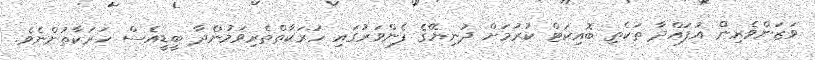
ވަޒަންވެރިން އުފައްދާ ތަކެތި ބޮއިކަޓް ކުރުމަށް ދުނިޔޭގެ ފެންވަރުގައި ހަރަކާތްތެރިވަމުންދާ ބީޑީއެސް ހަރަކާތުންނެވެ.